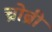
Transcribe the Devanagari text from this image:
च्रोब्री